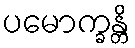
ပမောက္ခန္တိ